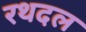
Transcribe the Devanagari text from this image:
रथदल